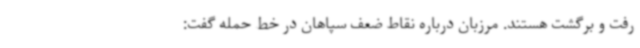
رفت و برگشت هستند. مرزبان درباره نقاط ضعف سپاهان در خط حمله گفت: